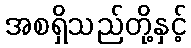
အစရှိသည်တို့နှင့်